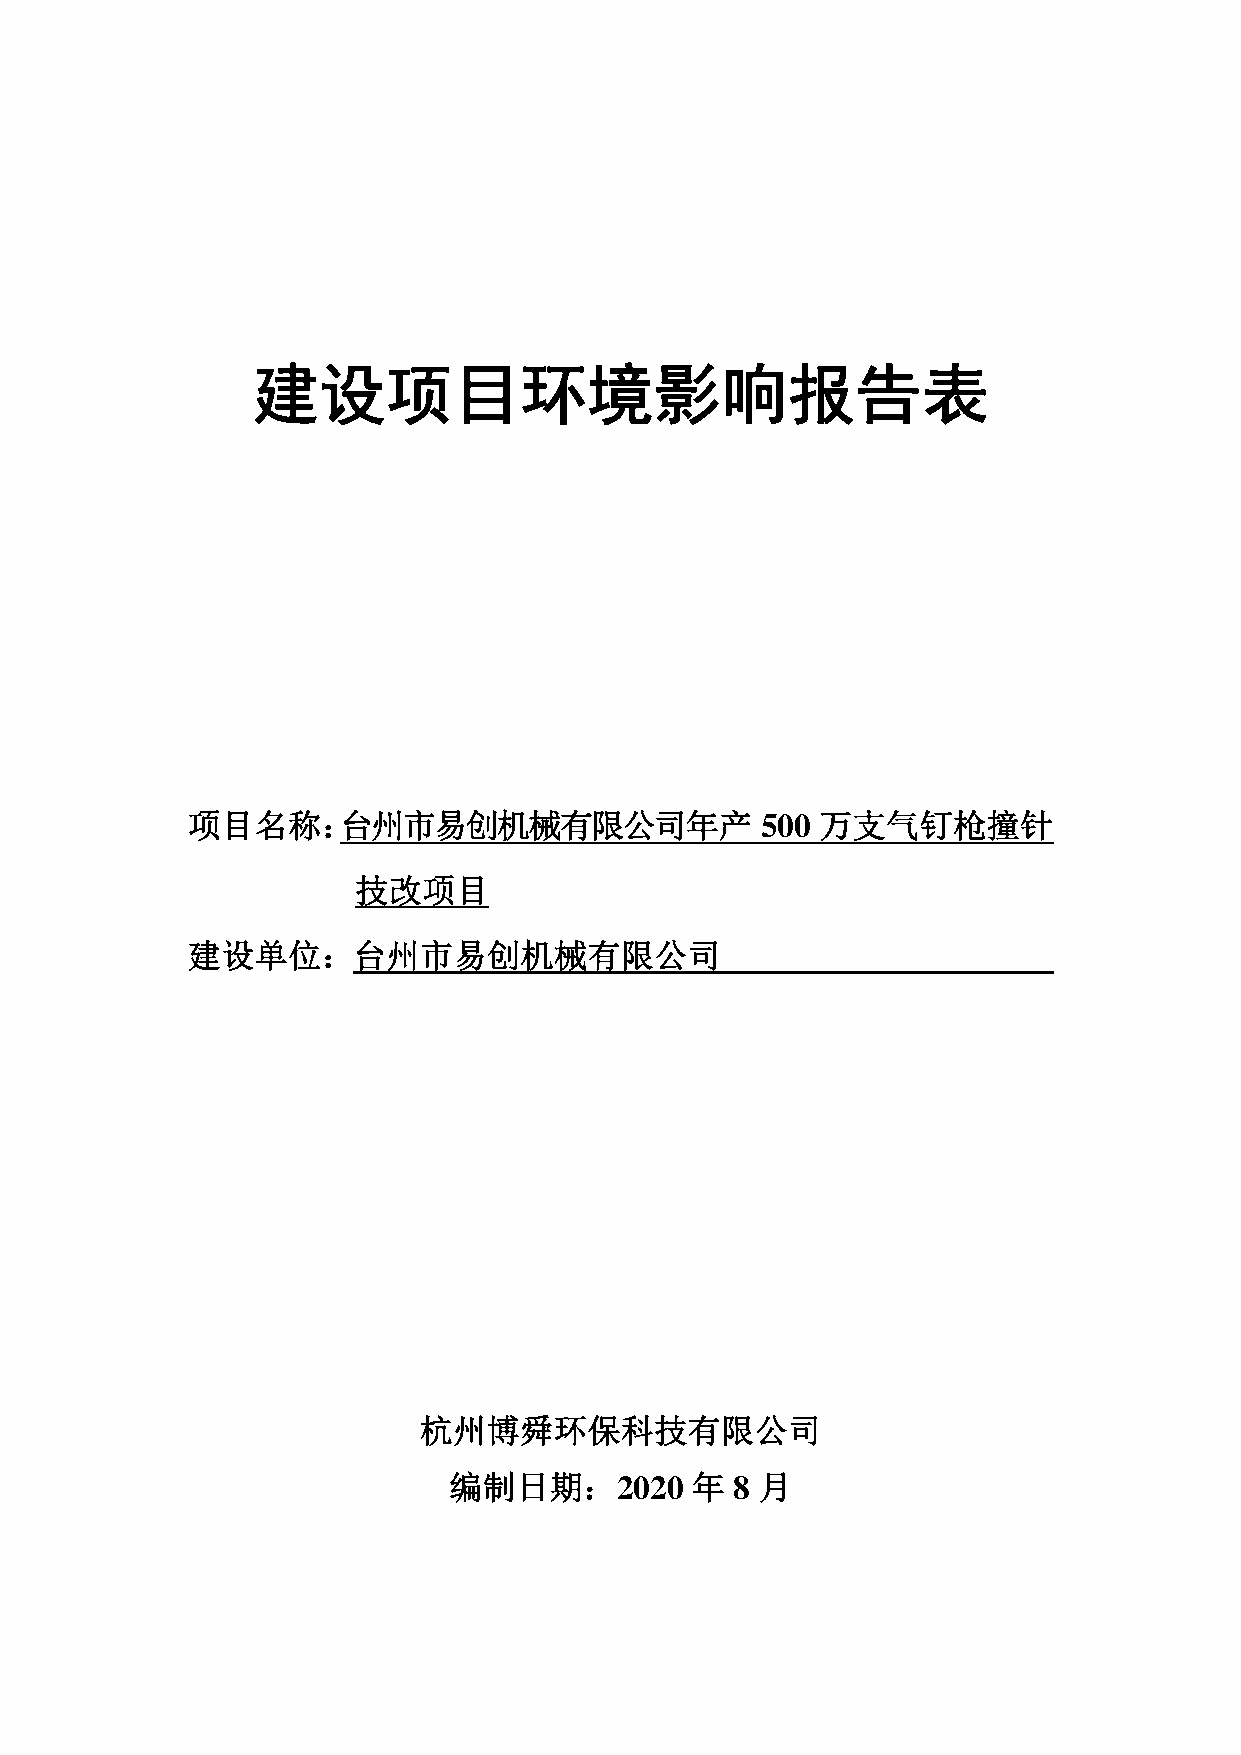
建设项目环境影响报告表
 项目名称：台州市易创机械有限公司年产                    500 万支气钉枪撞针
 技改项目
 建设单位：台州市易创机械有限公司
 杭州博舜环保科技有限公司
 编制日期：2020       年  8 月